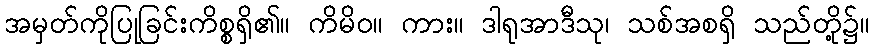
အမှတ်ကိုပြုခြင်းကိစ္စရှိ၏။ ကိမိဝ။ ကား။ ဒါရုအာဒီသု၊ သစ်အစရှိ သည်တို့၌။